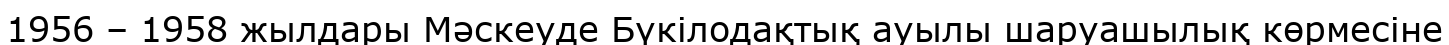
1956 – 1958 жылдары Мәскеуде Бүкілодақтық ауылы шаруашылық көрмесіне